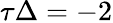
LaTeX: \tau\Delta=-2